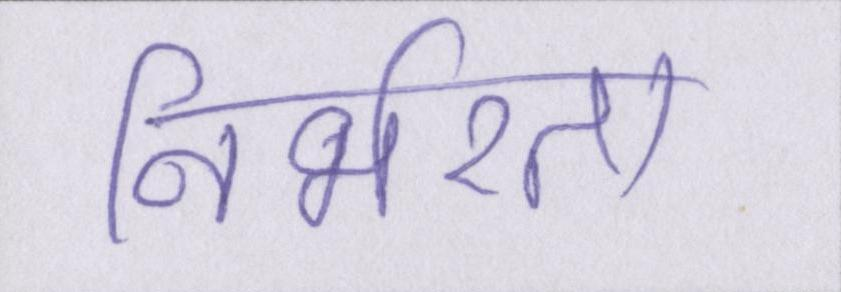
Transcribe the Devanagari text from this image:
निर्भरता